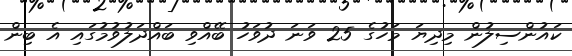
ކައުންސިލުން މިދިޔަ މަހުގެ 25 ވަނަ ދުވަހު ބޭއްވި ބައްދަލުވުމުގައި އެ ބިން